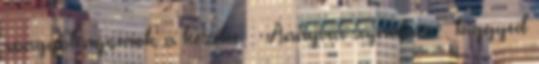
rongyot nyomok a kezébe. – Annyira sajnálom – biggyed